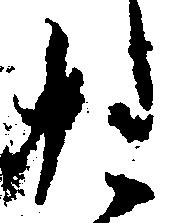
お